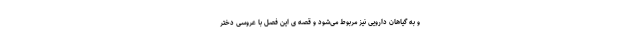
و به گیاهان دارویی نیز مربوط می‌شود و قصه ی این فصل با عروسی دختر